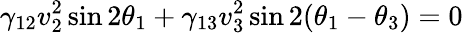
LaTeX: \gamma_{12}v_{2}^{2}\sin 2\theta_{1}+\gamma_{13}v_{3}^{2}\sin 2(\theta_{1}-\theta_{3})=0